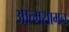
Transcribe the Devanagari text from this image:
आत्मसामन